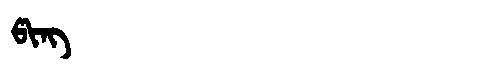
Manchu: ᡦᡳᠩ
Romanization: PING